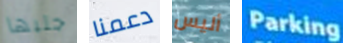
جلبها دعمنا أليس Parking